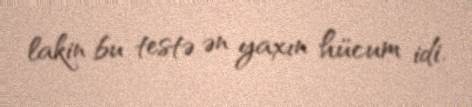
lakin bu testə ən yaxın hücum idi.